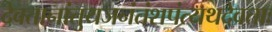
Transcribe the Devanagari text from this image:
देवतानांतुयजनंतंशपंत्यथदेवताः